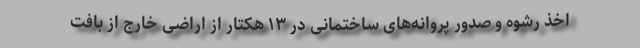
اخذ رشوه و صدور پروانه‌های ساختمانی در ۱۳ هکتار از اراضی خارج از بافت